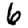
Digit: 6